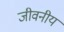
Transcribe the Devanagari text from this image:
जीवनीय